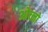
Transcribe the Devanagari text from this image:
ओच्नो